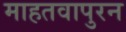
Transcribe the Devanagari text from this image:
माहतवापुरन